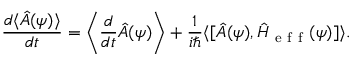
\frac { d \langle \hat { A } ( \psi ) \rangle } { d t } = \left\langle \frac { d } { d t } \hat { A } ( \psi ) \right\rangle + \frac { 1 } { i \hbar } \langle \lbrack \hat { A } ( \psi ) , \hat { H } _ { \mathrm { ~ e ~ f ~ f ~ } } ( \psi ) ] \rangle .